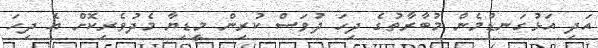
އަދި އަޅުގަނޑުމެން މުބާރާތުގެ ދިހަ ދުވަސް ކުރިން މީޑިޔާ މެދުވެރިކޮށް އެ ދިހަ